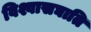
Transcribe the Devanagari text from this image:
विश्वासघाति